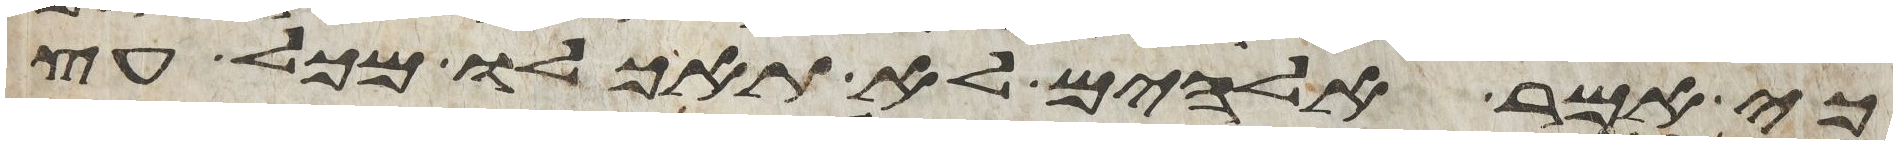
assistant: כי אמר אלהים לא תאכלו מכל עץ